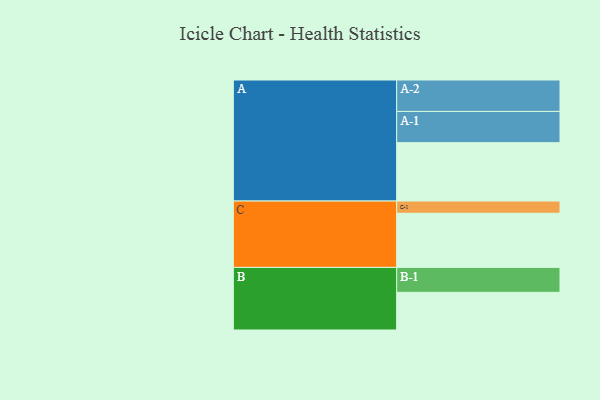
{"axis": {"x": "Segment", "y": "Value"}, "legend": ["", "A", "B", "C"], "data": [{"x": "A", "y": 555, "type": ""}, {"x": "B", "y": 358, "type": ""}, {"x": "C", "y": 515, "type": ""}, {"x": "A-1", "y": 297, "type": "A"}, {"x": "A-2", "y": 299, "type": "A"}, {"x": "B-1", "y": 237, "type": "B"}, {"x": "C-1", "y": 116, "type": "C"}]}